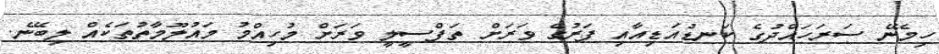
ހިމެނޭ ސަރަހައްދުގެ ކަނޑުއަޑިއާއި ފަރުގެ ވަރަށް ތަފްސީލީ ވަރަށް މުހިއްމު މައުލޫމާތުތަކެއް ލިބޭނެ.